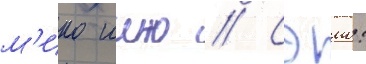
м'ико иино // Сэию: